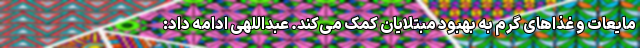
مایعات و غذاهای گرم به بهبود مبتلایان کمک می‌کند. عبداللهی ادامه داد: